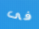
فى